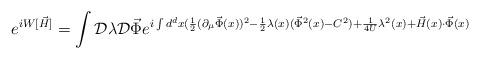
LaTeX: \begin{align*}e^{i W[\vec H]} = \int {\cal D} \lambda {\cal D} {\vec \Phi}e^{i \int d^dx (\frac{1}{2} (\partial_{\mu} {\vec \Phi}(x))^{2}-\frac{1}{2} \lambda(x)({\vec \Phi}^2(x)-C^2)+\frac{1}{4U} \lambda^{2}(x)+{\vec H}(x) \cdot {\vec \Phi}(x)}\end{align*}